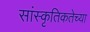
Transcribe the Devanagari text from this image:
सांस्कृतिकतेच्या